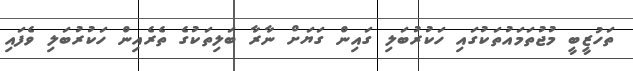
ތަހުޒީބީ މުޖުތަމައުތަކުގައި ހަކުރުބަލި ގައިން ގަޔަށް ނާރާ ބަލިތަކުގެ ތެރެއިން ހަކުރުބަލި ވެފައި